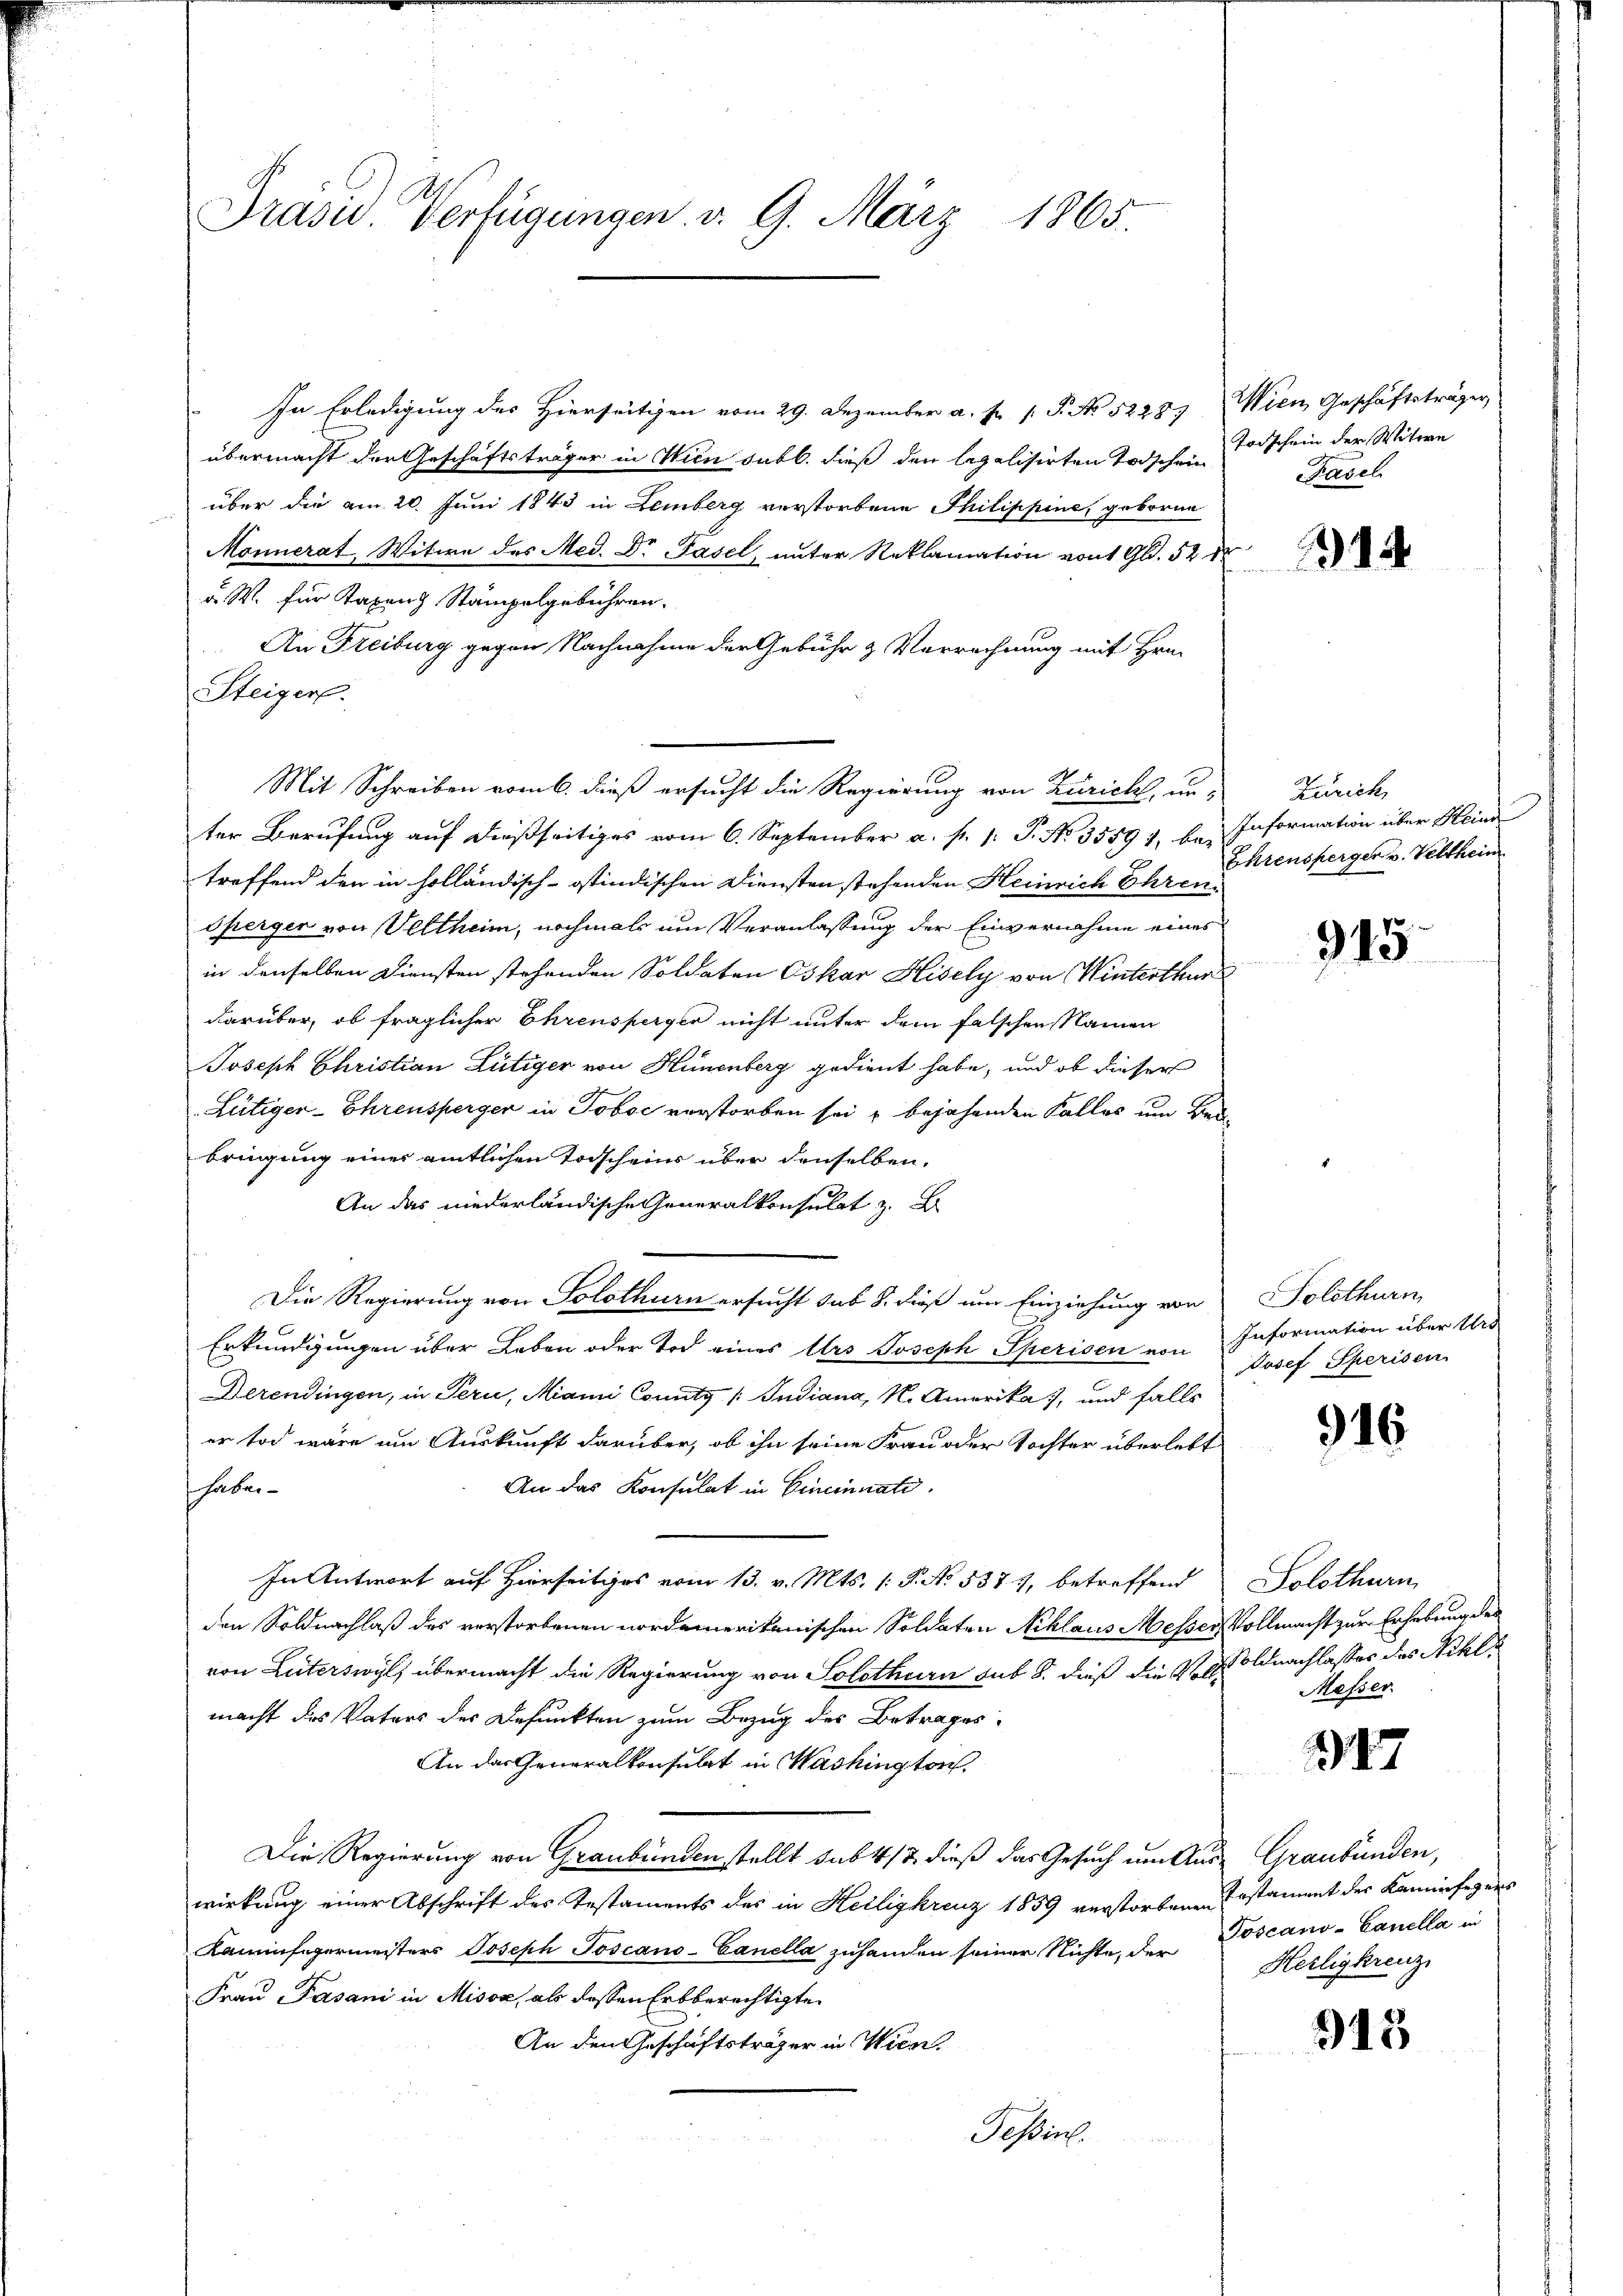
Prasis. Verfügungen v. 9. März
1865.

In Erledigung des Hierseitigen vom 29. Dezember a. p. 1. P. No 52283 Wien Geschäftsträger
übermacht der Geschäftsträger in Wien sub b. dieß den legalisirten Todschen Todschein der Witwe
über die am 20. Juni 1843 in Lemberg verstorbene Philippine, geborne
Monnerat, Witwe des Med. Dr Basel, unter Reklamation von 1 Gl. 52 dr
u. W. für Taxen Stämpelgebühren.
An Freiburg gegen Nachnahme der Gebühr & Verrechnung mit Hrn.
Steiger.
Mit Schreiben vom 6. dieß ersucht die Regierung von Zürich, un- Zürich,
ter Berufung auf dießseitiges vom 6. September a. p. 1. P. Nr. 3559 1, bei Information über Meind
treffend den in holländisch-ostindischen Diensten stehenden Heinrich Ehren.
Sperger von Veltheim, nochmals um Veranlassung der Einvernahme eines
in denselben Diensten stehenden Soldaten Oskar Hisely von Winterthur
darüber, ob fraglicher Ehrensperger nicht unter dem falschen Namen
Joseph Christian Lütiger von Hünenberg gedient habe, und ob dieser
Lütiger-Ehrensperger in Joboc verstorben sei, bejahenden Faller um Bede
bringung einer amtlichen Todscheins über denselben,
An das niederländische Generalkonsulat z. B
Die Regierung von Solothurn ersucht sub 8. dieß um Einziehung von
Erkundigungen über Leben oder Tod eines Urs Joseph Speisen von
Derendingen, in Peri, Mann County / Judiana, N. Amerika), und falls
er tod wäre um Auskunft darüber, ob ihn seine Frau oder Tochter überlebt
haben
An das Konsulat in Eineinnati
In Antwort auf Hierseitiges vom 13. v. Mts. (: P. No. 537. 7, betreffend
den Soldnachlaß des verstorbenen nordemerikanischen Soldaten Niklaus Messer Vollmacht zur Erhebung des
von Literswyl übermacht die Regierung von Solothurn sub 8. dieß die Vor Soldnachlasses des Nikl
macht des Vaters der Befunkten zum Bezug des Betrages
An das Generalkonsulat in Washington
Die Regierung von Graubünden stellt sub 412 dieß das Gesuch um Aus Graubünden,
wirkung einer Abschrift des Testaments des in Heiligkreuz 1859 verstorbenen
Kaminfegermeisters Joseph Toscano-Ganella zuhanden seiner Nichte, der Poscano-Ganella in
Frau Pasani in Misox, als dessen Erbberechtigte
An den Geschäftsträger in Wien.
Tessin.

Basel

14

Ehrensperger v. Veltheim

915.

Solothurn
Information über Urs
Josef Sperisen

16

Solothurn
Messer.

47

Erstament der Kaminfegers
Heiligkreuz

945